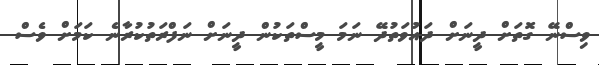
ވިސްނޭ ގޮތަށް ދީނަށް ދައުވަތުދޭ ނަމަ މީސްތަކުން ދީނަށް ނަފްރަތުކުރާނެ ކަމަށް ވެސް